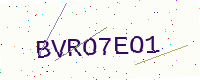
Text: BVRO7EO1